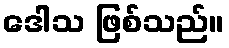
ဒေါသ ဖြစ်သည်။